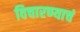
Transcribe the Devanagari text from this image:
विचारण्याचं